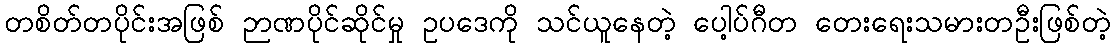
တစိတ်တပိုင်းအဖြစ် ဉာဏပိုင်ဆိုင်မှု ဥပဒေကို သင်ယူနေတဲ့ ပေါ့ပ်ဂီတ တေးရေးသမားတဦးဖြစ်တဲ့